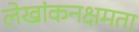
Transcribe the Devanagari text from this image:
लेखांकनक्षमता